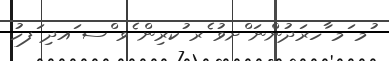
ުމ ަމ ާހރަދުންނަ ްށވު ެރ ުކރިން ެވ ްސ ައދި ަފހު